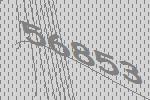
56853